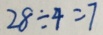
2 8 \div 4 = 7